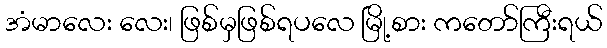
အံမာလေး လေး၊ ဖြစ်မှဖြစ်ရပလေ မြို့စား ကတော်ကြီးရယ်